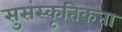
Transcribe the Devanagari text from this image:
सुसंस्कृतिकता